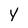
Character: Y